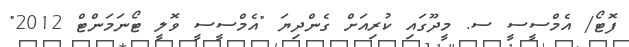
ފޮޓޯ/ އެމްސީސީ ސ. މީދޫގައި ކުރިއަށް ގެންދިޔަ "އެމްސީސީ ވޮލީ ޓޯނަމަންޓް 2012"